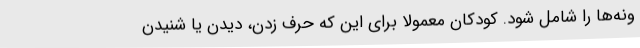
ونه‌ها را شامل شود. کودکان معمولا برای این‌ که حرف زدن، دیدن یا شنیدن